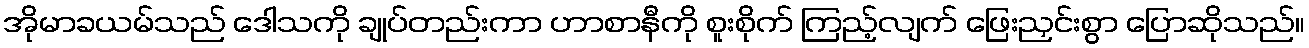
အိုမာခယမ်သည် ဒေါသကို ချုပ်တည်းကာ ဟာစာနီကို စူးစိုက် ကြည့်လျက် ဖြေးညှင်းစွာ ပြောဆိုသည်။